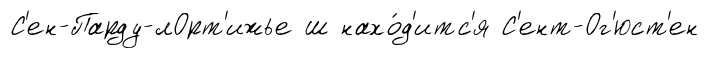
С'ен-Парду-лОрт'ижье ш нахо́д'итс'я С'ент-Ог'юст'ен